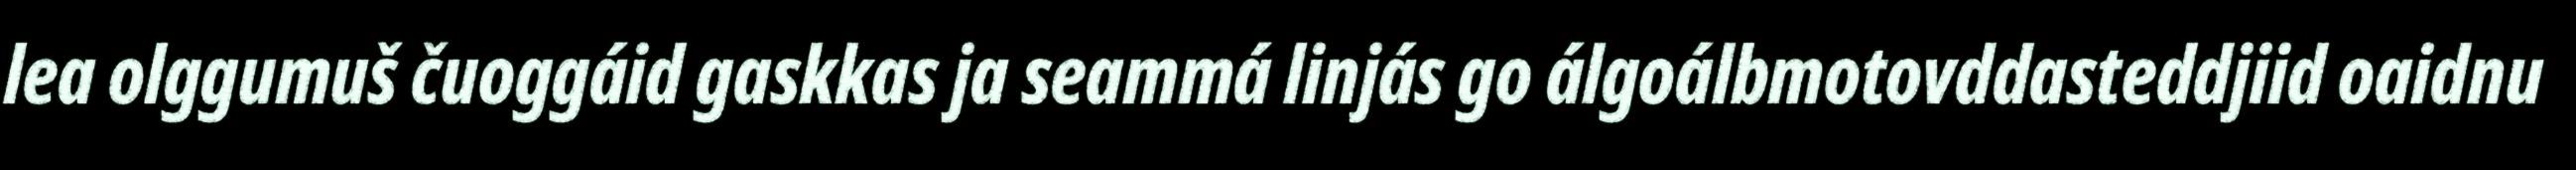
lea olggumuš čuoggáid gaskkas ja seammá linjás go álgoálbmotovddasteddjiid oaidnu